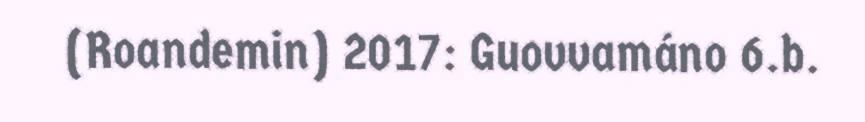
(Roandemin) 2017: Guovvamáno 6.b.